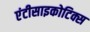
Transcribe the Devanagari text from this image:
एंटीसाइकोटिक्स